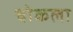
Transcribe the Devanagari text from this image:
चोकला